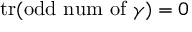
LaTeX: \operatorname { t r } ( \mathrm { o d d \ n u m \ o f \ } \gamma ) = 0